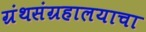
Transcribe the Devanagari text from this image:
ग्रंथसंग्रहालयाचा